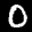
Label: 0